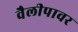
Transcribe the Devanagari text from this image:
वैलीपावर